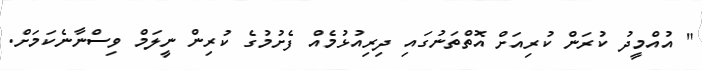
" އުއްމީދު ކުރަން ކުރިއަށް އޮތްތަނުގައި ދިރިއުޅުމެއް ފެށުމުގެ ކުރިން ނީލަމް ވިސްނާނެކަމަށް.